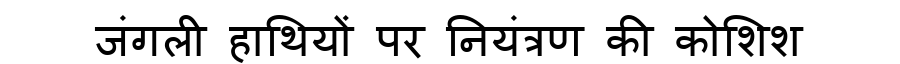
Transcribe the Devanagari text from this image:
जंगली हाथियों पर नियंत्रण की कोशिश